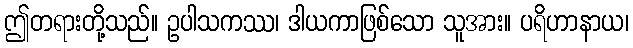
ဤတရားတို့သည်။ ဥပါသကဿ၊ ဒါယကာဖြစ်သော သူအား။ ပရိဟာနာယ၊